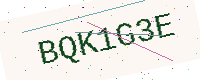
Text: BQK1G3E